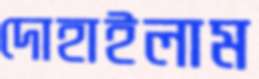
দোহাইলাম